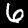
Digit: 6